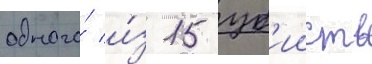
одного́ и́з 15 уб'ииств